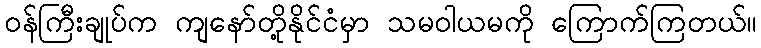
ဝန်ကြီးချုပ်က ကျနော်တို့နိုင်ငံမှာ သမဝါယမကို ကြောက်ကြတယ်။